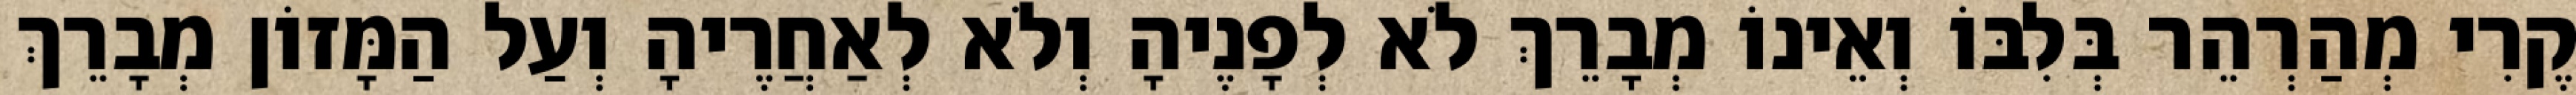
קֶרִי מְהַרְהֵר בְּלִבּוֹ וְאֵינוֹ מְבָרֵךְ לֹא לְפָנֶיהָ וְלֹא לְאַחֲרֶיהָ וְעַל הַמָּזוֹן מְבָרֵךְ